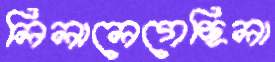
লিলালেগেছিলা